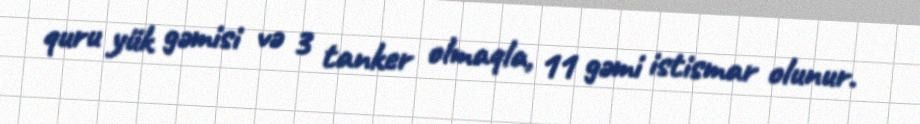
quru yük gəmisi və 3 tanker olmaqla, 11 gəmi istismar olunur.